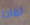
لماذا